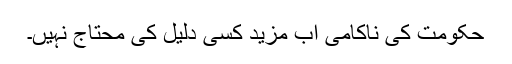
حکومت کی ناکامی اب مزید کسی دلیل کی محتاج نہیں۔